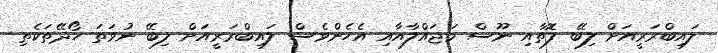
ލައިބްރަރީއަށް ލިބޭ ފޮތާއި ނޫސް މަޖައްލާއާއި އެހެންވެސް ލައިބްރަރީއަށް ލިބޭ ނުވަތަ ހޯދޭތަކެތި